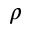
\rho